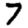
Digit: 7